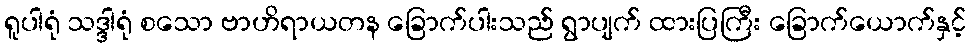
ရူပါရုံ သဒ္ဒါရုံ စသော ဗာဟိရာယတန ခြောက်ပါးသည် ရွာပျက် ထားပြကြီး ခြောက်ယောက်နှင့်